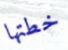
خطتها